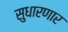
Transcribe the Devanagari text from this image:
सुधारणार